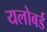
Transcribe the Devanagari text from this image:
यलोबर्ड